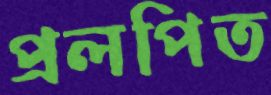
প্রলপিত